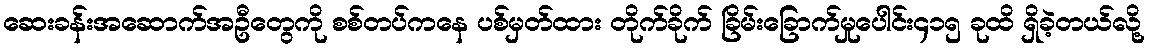
ဆေးခန်းအဆောက်အဦတွေကို စစ်တပ်ကနေ ပစ်မှတ်ထား တိုက်ခိုက် ခြိမ်းခြောက်မှုပေါင်း၄၁၅ ခုထိ ရှိခဲ့တယ်လို့